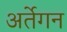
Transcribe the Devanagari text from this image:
अर्तेगन